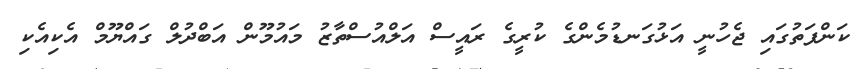
ކަންފަތުގައި ޖެހުނީ އަޅުގަނޑުމެންގެ ކުރީގެ ރައީސް އަލްއުސްތާޒު މައުމޫން އަބްދުލް ގައްޔޫމް އެކިއެކި